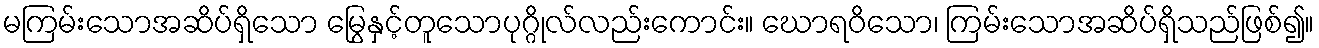
မကြမ်းသောအဆိပ်ရှိသော မြွေနှင့်တူသောပုဂ္ဂိုလ်လည်းကောင်း။ ဃောရဝိသော၊ ကြမ်းသောအဆိပ်ရှိသည်ဖြစ်၍။